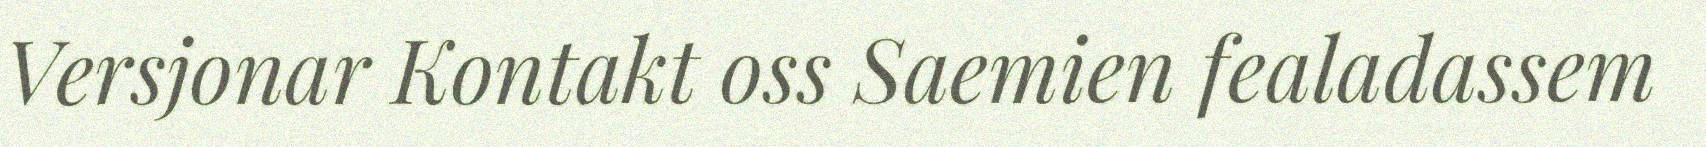
Versjonar Kontakt oss Saemien fealadassem